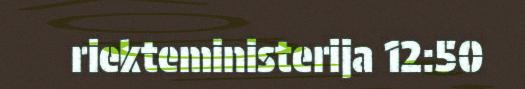
riekteministerija 12:50